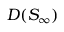
D ( S _ { \infty } )